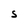
Character: S